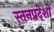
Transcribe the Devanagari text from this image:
स्तनप्रदेशों